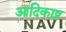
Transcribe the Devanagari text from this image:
आदिकाष्ठ